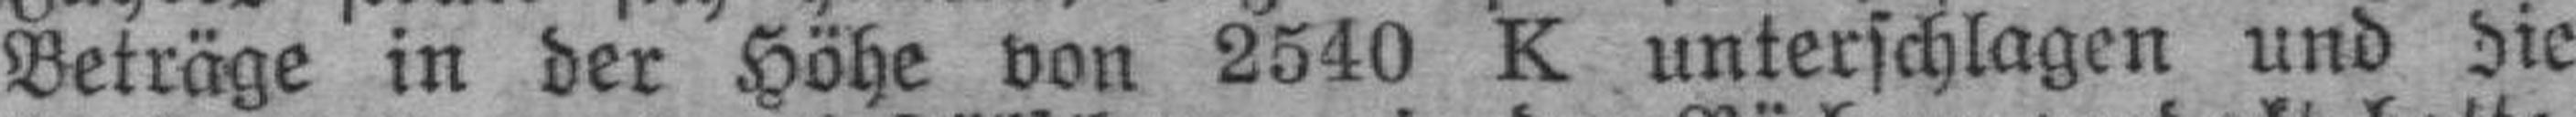
Beträge in der Höhe von 2540 K unterschlagen und die